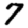
Digit: 7